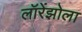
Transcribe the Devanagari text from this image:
लॉरेंझोला